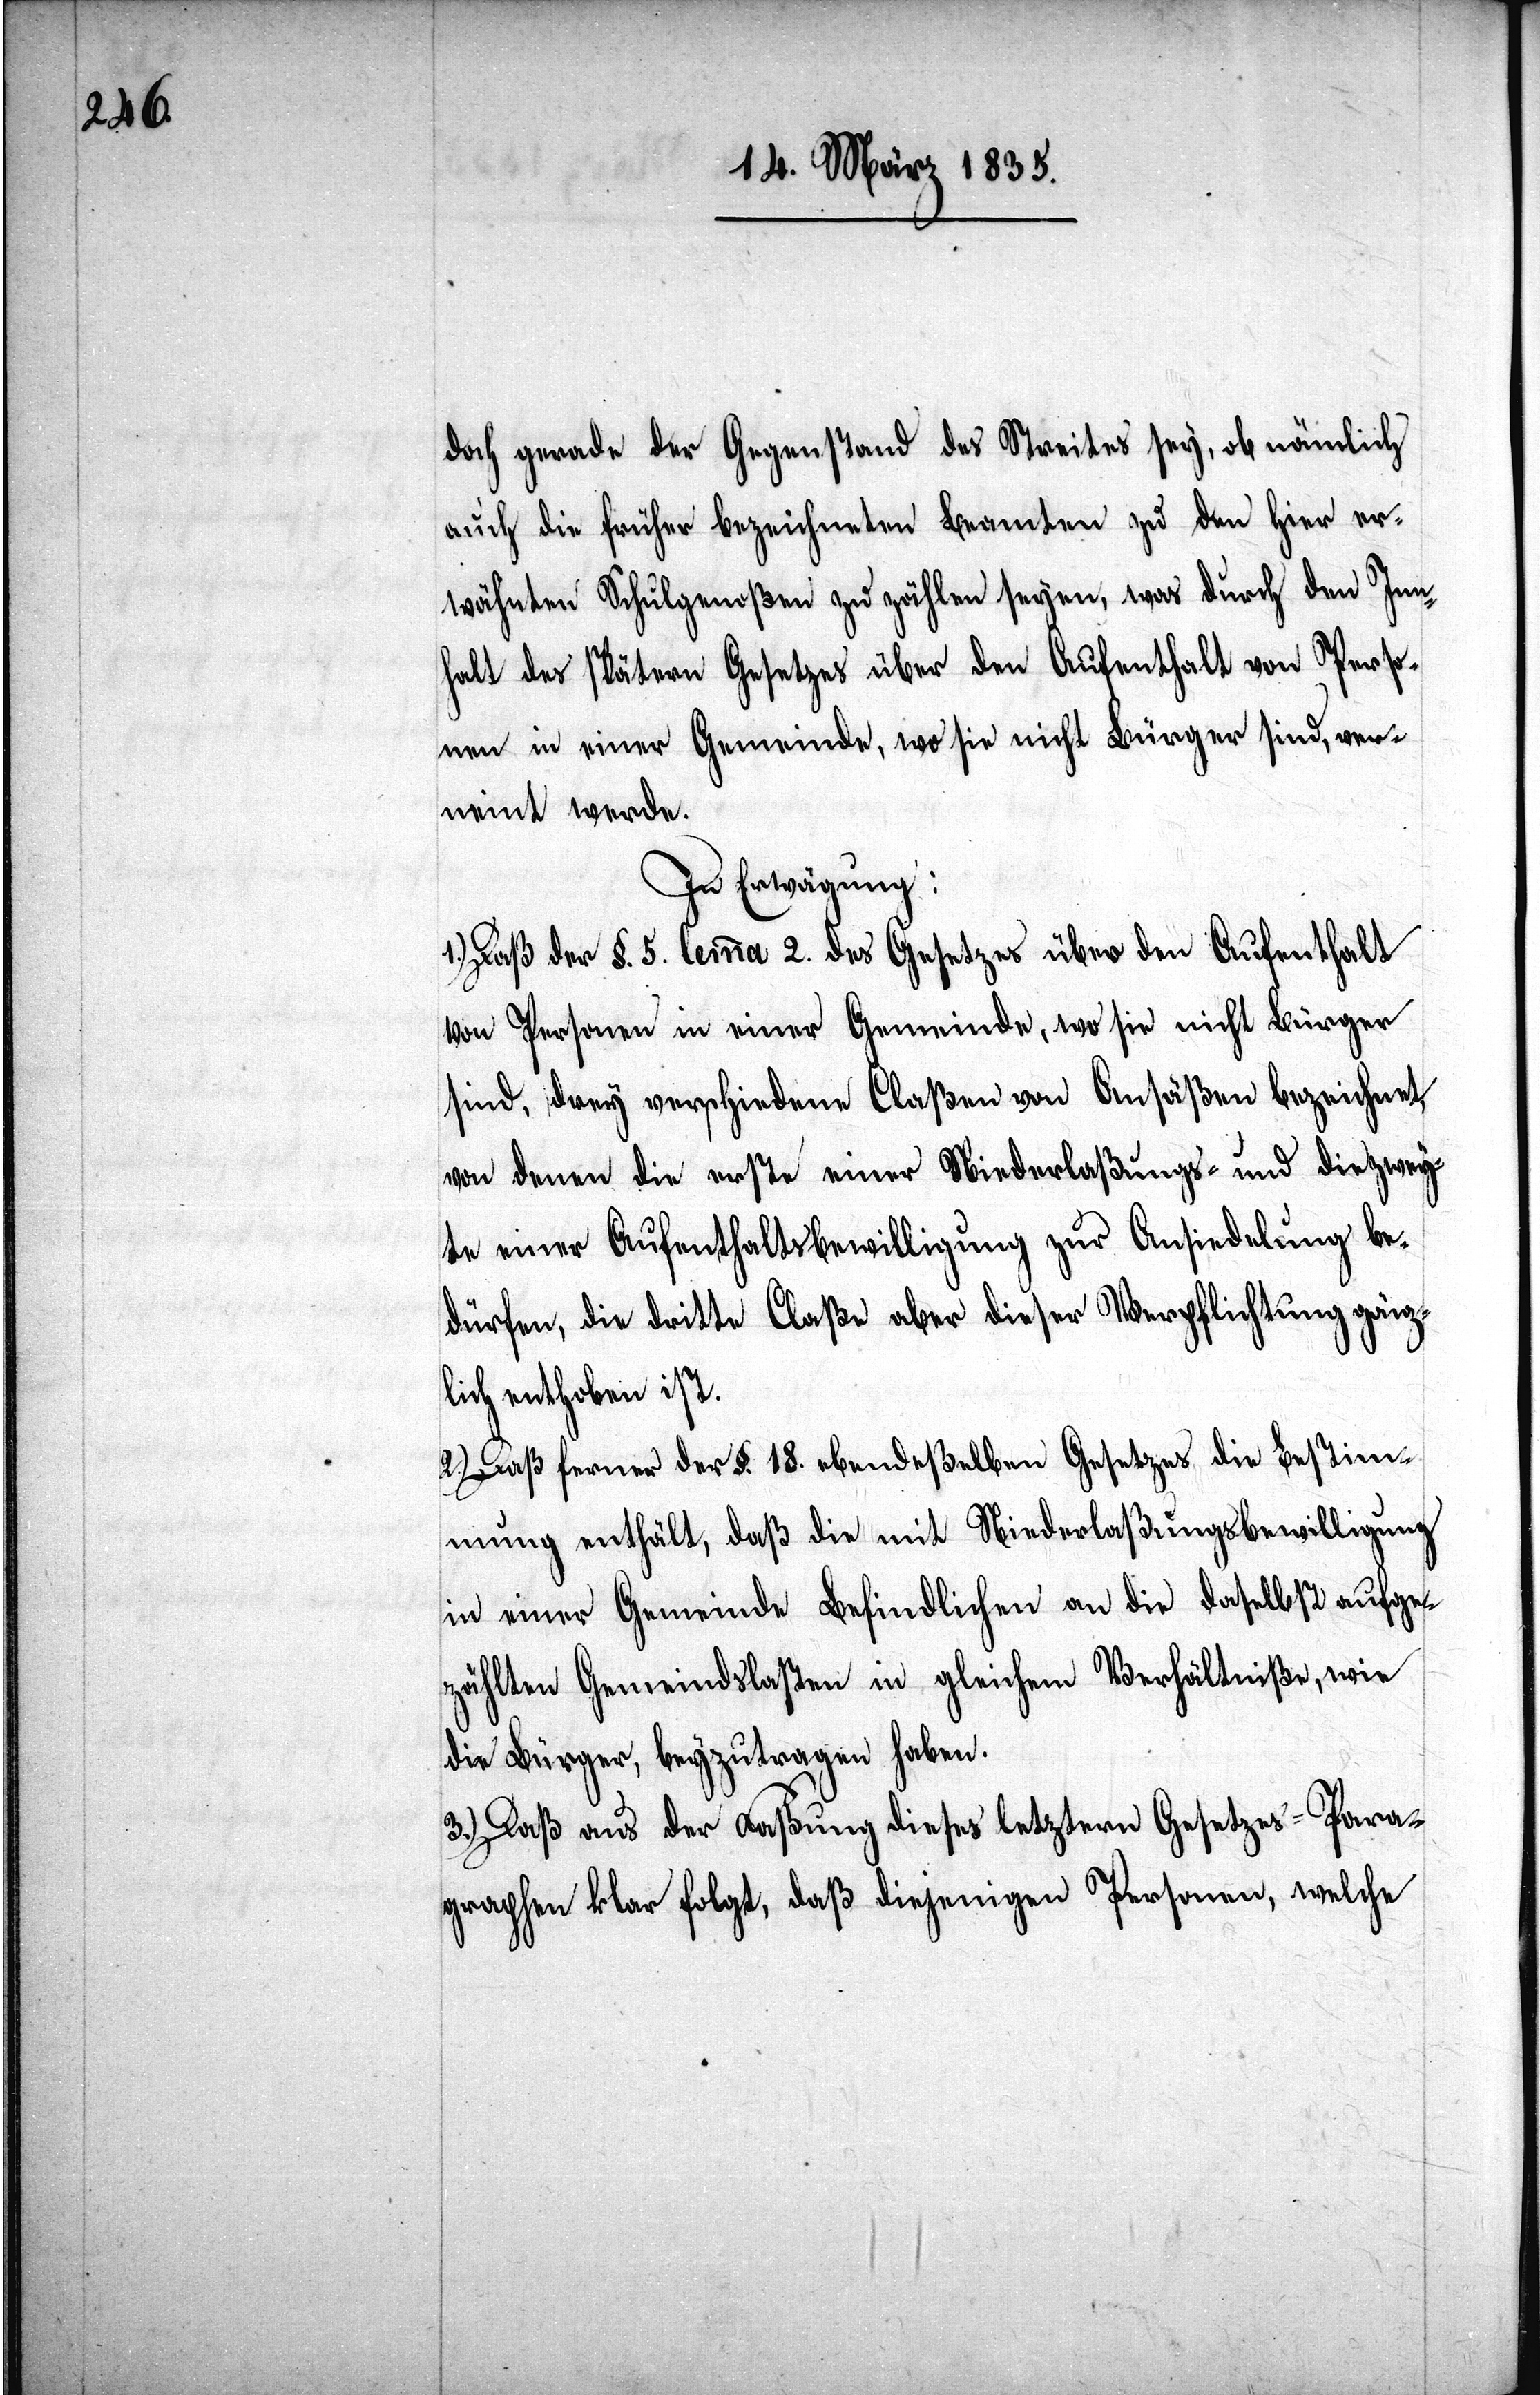
doch gerade der Gegenstand des Streites sey, ob nämlich
auch die früher bezeichneten Beamten zu den hier er¬
wähnten Schulgenoßen zu zählen seyen, was durch den In¬
halt des spätern Gesetzes über den Aufenthalt von Perso¬
nen in einer Gemeinde, wo sie nicht Bürger sind, ver¬
neint werde.
In Erwägung:
1.) Daß der §. 5. lemma 2. des Gesetzes über den Aufenthalt
von Personen in einer Gemeinde, wo sie nicht Bürger
sind, drey verschiedene Claßen von Ansäßen bezeichnet,
von denen die erste einer Niederlaßungs- und die zwey¬
te einer Aufenthaltsbewilligung zur Ansiedlung be¬
dürfen, die dritte Claße aber dieser Verpflichtung gänz¬
lich enthoben ist.
2.) Daß ferner der §. 18. ebendeßelben Gesetzes die Bestimm¬
ung enthält, daß die mit Niederlaßungsbewilligung
in einer Gemeinde Befindlichen an die daselbst aufge¬
zählten Gemeindslasten in gleichem Verhältniße, wie
die Bürger, beyzutragen haben.
3.) Daß aus der Faßung dieses letztern Gesetzes-Para¬
graphen klar folgt, daß diejenigen Personen, welche